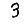
Digit: 3